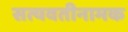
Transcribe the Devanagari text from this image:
सत्यवतीनामक